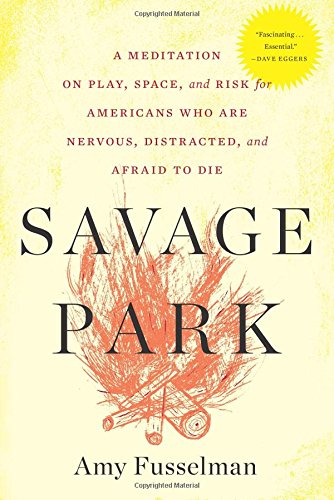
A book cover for Savage Park: A Meditation on Play, Space, and Risk for Americans Who Are Nervous, Distracted, and Afraid to Die; Amy Fusselman; Biographies & Memoirs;